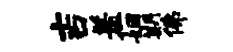
吉羞姻期佛